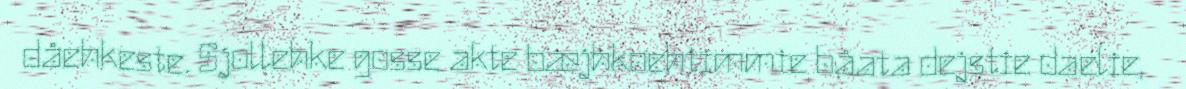
dåehkeste. Sjollehke gosse akte bæjhkoehtimmie båata dejstie daelie,